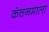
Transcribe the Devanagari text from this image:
कंचनमाला